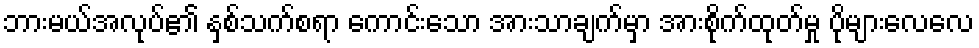
ဘားမယ်အလုပ်၏ နှစ်သက်စရာ ကောင်းသော အားသာချက်မှာ အားစိုက်ထုတ်မှု ပိုများလေလေ